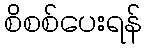
စိစစ်ပေးရန်